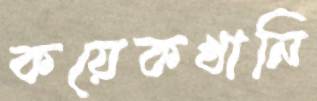
কয়েকখানি